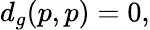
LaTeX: d_{g}(p,p)=0,